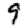
Digit: 9